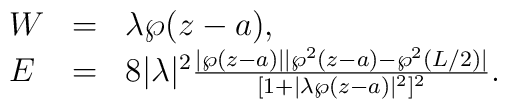
\left.\begin{array}{lll}W&=&\lambda \wp(z-a), \\ E&=&8 |\lambda|^2 \frac{|\wp(z-a)||\wp^{2}(z-a)-\wp^{2}(L/2)|}                        {[1+|\lambda\wp(z-a)|^2]^2}.\end{array}\right.